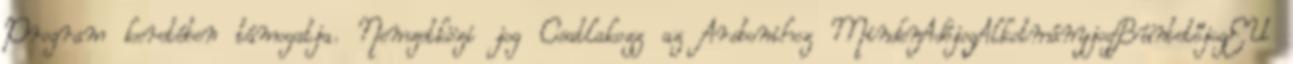
Program keretében támogatja. Nemzetközi jog Csatlakozz az Arsbonihoz MindenAdójogAlkotmányjogBüntetőjogEU